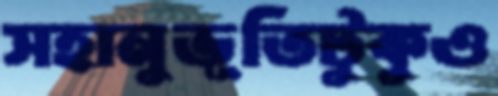
সহানুভূতিটুকুও